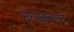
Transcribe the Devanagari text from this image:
मृगाक्षवलये